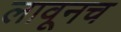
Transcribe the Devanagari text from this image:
लावूनच